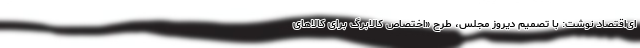
ای‌اقتصاد نوشت: با تصمیم دیروز مجلس، طرح «اختصاص کالابرگ برای کالاهای